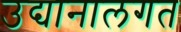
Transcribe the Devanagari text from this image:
उद्यानालगत